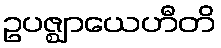
ဥပဇ္ဈာယေဟီတိ